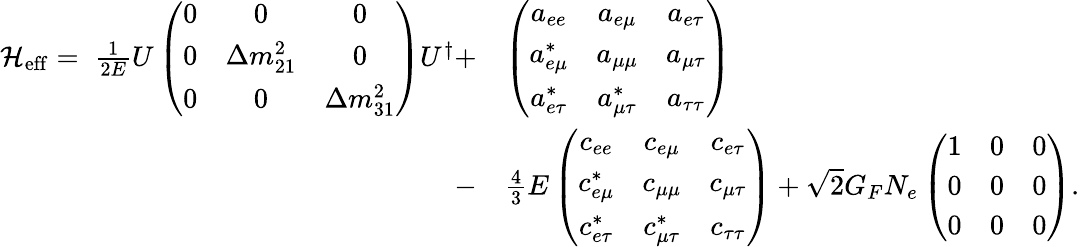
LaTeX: \begin{array}{rl}{\mathcal{H}_{\mathrm{eff}}=\; \frac{1}{2E}U\left(\begin{array}{ccc}{0}&{0}&{0}\\ {0}&{\Delta m_{21}^{2}}&{0}\\ {0}&{0}&{\Delta m_{31}^{2}}\end{array}\right)U^{\dagger}+}&{\left(\begin{array}{ccc}{a_{ee}}&{a_{e\mu}}&{a_{e\tau}}\\ {a_{e\mu}^{*}}&{a_{\mu\mu}}&{a_{\mu\tau}}\\ {a_{e\tau}^{*}}&{a_{\mu\tau}^{*}}&{a_{\tau\tau}}\end{array}\right)}\\ {-}&{\frac{4}{3}E\left(\begin{array}{ccc}{c_{ee}}&{c_{e\mu}}&{c_{e\tau}}\\ {c_{e\mu}^{*}}&{c_{\mu\mu}}&{c_{\mu\tau}}\\ {c_{e\tau}^{*}}&{c_{\mu\tau}^{*}}&{c_{\tau\tau}}\end{array}\right)+\sqrt{2}G_{F}N_{e}\left(\begin{array}{ccc}{1}&{0}&{0}\\ {0}&{0}&{0}\\ {0}&{0}&{0}\end{array}\right).}\end{array}